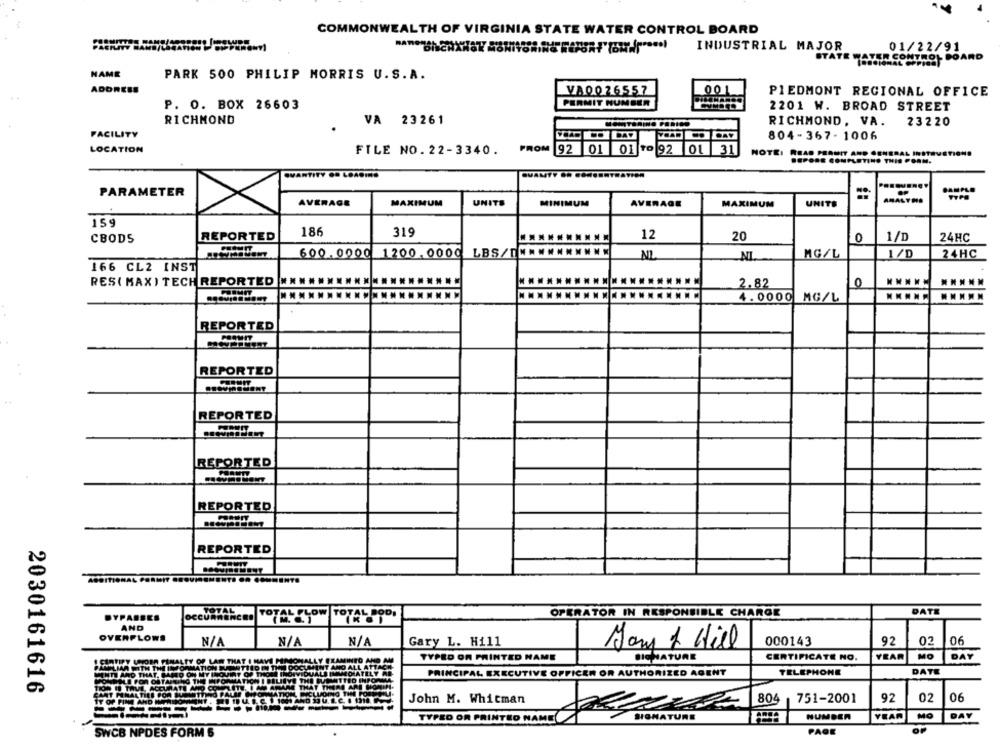
COMMONWEALTH OF VIRGINIA STATE WATER CONTROL BOARD
01/22/91
INDUSTRIAL MAJOR
STATE
TER CONTROL BOARD
NAME
PARK 500 PHILIP MORRIS U.S.A.
ADDRESS
VA0026557
001
PIEDMONT REGIONAL OFFICE
P. O. BOX 26603
PERMIT NUMBER
2201 W. BROAD STREET
RICHMOND
VA 23261
RICHMOND, VA. 23220
FACILITY
804-367-1006
LOCATION
FROM
92 01 01 7 92 01 31
FILE NO. 22-3340.
NOTE: READ PERWIT AND GENERAL INSTRUCTIONS
ENERAL INSTRVET
DEPORE COMPLETINO THIS PORM.
THIS PORM.
PARAMETER
AVERAGE
MAXIMUM
UNITS
MINIMUM
AVERAGE
UNITE
AMALTHE
MAXIMUM
159
186
319
CBODS
REPORTED
12
20
0
1/D
24HC
600. 0000 1200. 0000
LBS/[ ..........
NL
MG/L
1/D
24HC
NL
166 CL2 INST
RES( MAX) TECH REPORTED
2.82
0
4. 0000
MG/L
REPORTED
REPORTED
REPORTED
REPORTED
REPORTED
REPORTED
TOTAL
OPERATOR IN RESPONSIBLE CHARGE
DATE
BYPASSES
DYPARSES
OCCURRENCEO
AND
OVENPLOWS
Gary L. Hill
Hary 1 Hill
000143
92
02
06
Y UNDER PENALTY OF LAW THAT I HAVE PINOHALLY EXAMINEO AND AM
TYPED ON PRINTED NAME
SICHATURE
CERTIFICATE NO.
YEAR
MO
DAY
T AND ALL ATTAC
AMPLIA WITH THE INFORMATION AUTITO I TION DOCTE
VIDUALS IMMEDIATELY AR
PRINCIPAL EXECUTIVE OFFICER OR AUTHORIZED AGENT
TELEPHONE
DATE
INTI AND THAT, PARTO OH MY ILA
2030161616
TAVAL ACCURATE AND CO.
06
John M. Whitman
80
751-2001
92
02
----
TYPED OR PRINTHO NAME
SIGNATURE
NUMBER
YEAR
MO
DAY
SWCB NPDES FORM 5
PAGE